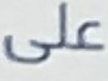
على